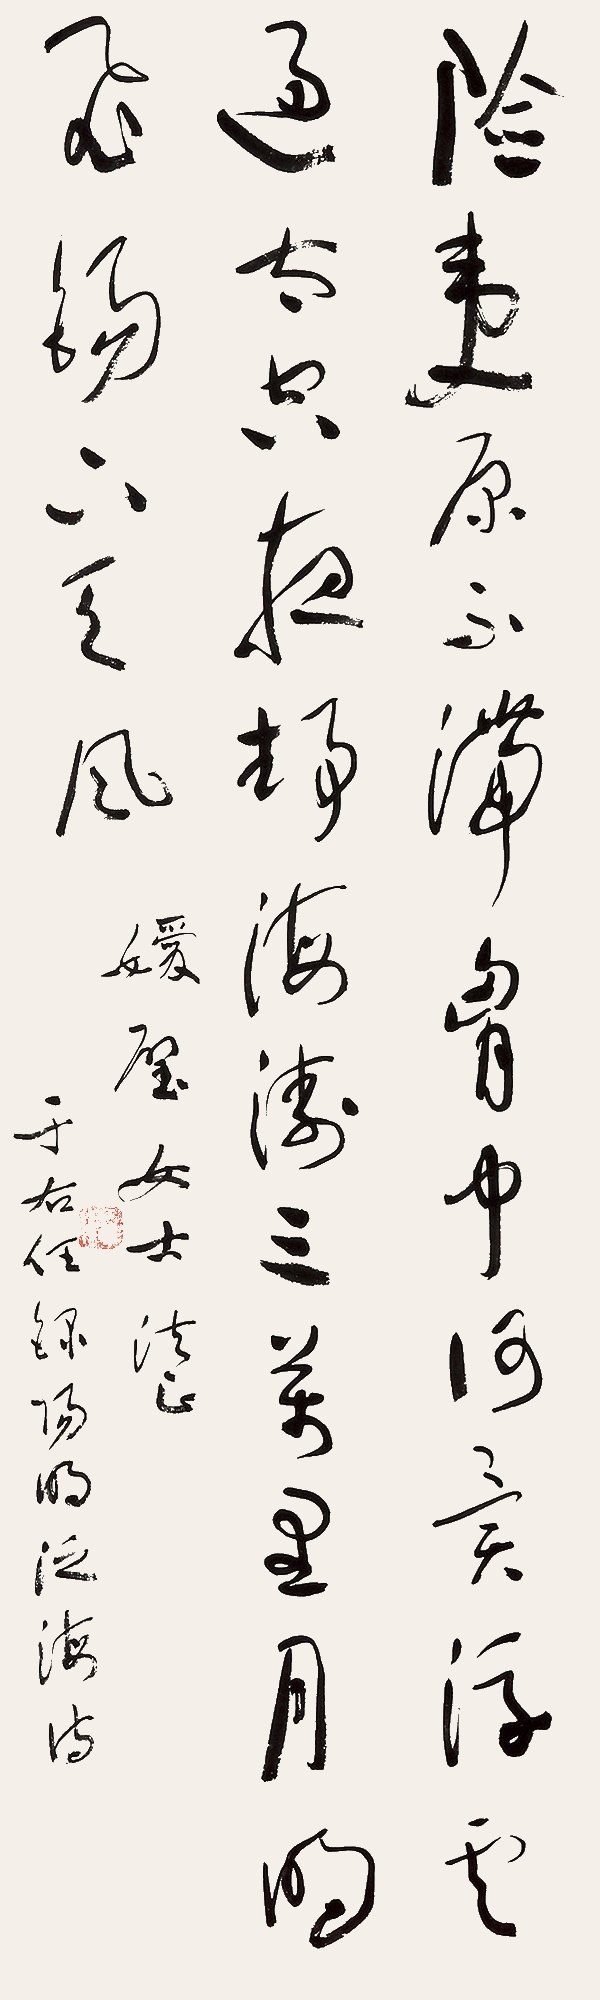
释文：险夷原不滞胸中，何异浮云过太空！夜静海涛三万里，月明飞锡下天风。媛璧女士清正，于右任写阳明泛海诗。